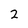
Character: 2